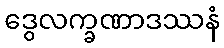
ဒွေလက္ခဏာဒဿနံ